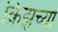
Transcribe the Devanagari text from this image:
क्रिझच्या